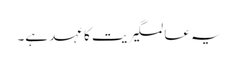
یہ عالمگیریت کا عہد ہے۔